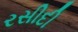
રસીદી